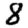
Digit: 8